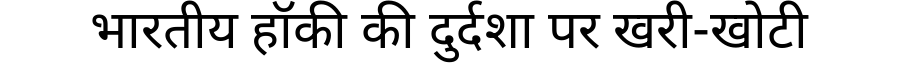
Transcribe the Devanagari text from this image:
भारतीय हॉकी की दुर्दशा पर खरी-खोटी